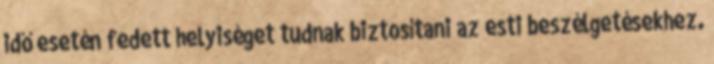
idő esetén fedett helyiséget tudnak biztosítani az esti beszélgetésekhez.